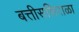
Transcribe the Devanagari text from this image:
बत्तीसशिराळा